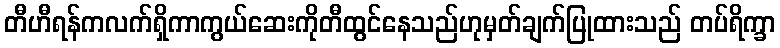
တီဟီရန်ကလက်ရှိကာကွယ်ဆေးကိုတီထွင်နေသည်ဟုမှတ်ချက်ပြုထားသည် တပ်ရိက္ခာ